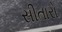
સીતારો